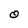
Character: O